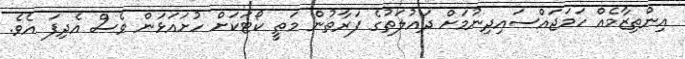
އިންތިޒާމެއް ހަމަޖައްސައިދިނުމަށް ދައުލަތުގެ ފަރާތުން މަތީ ކޯޓަކަށް ހުށައަޅަން ވެސް އެދިފަ އެވެ.